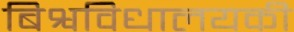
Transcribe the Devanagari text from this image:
बिश्वविधालयकी